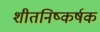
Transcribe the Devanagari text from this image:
शीतनिष्कर्षक